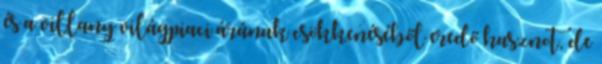
és a villany világpiaci árának csökkenéséből eredő hasznot, de